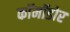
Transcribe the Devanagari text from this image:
कॉमॉडोर